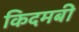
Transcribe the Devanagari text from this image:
किदमबी